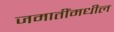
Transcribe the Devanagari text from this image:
जमातींमधील